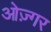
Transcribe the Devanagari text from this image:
ओज़्गर